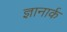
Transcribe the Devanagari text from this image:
ज्ञानार्क